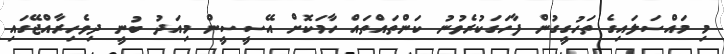
މި މައްސަލައިގެ ތަހުގީގުން ފާހަގަކުރެވުނު ކަންތައްތައް ހާމަކޮށް އޭސީސީން މިއަދު ބުނީ ދިވެހިރާއްޖޭގައި